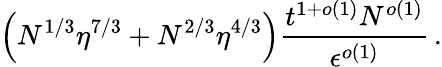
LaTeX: \left(N^{1/3}\eta^{7/3}+N^{2/3}\eta^{4/3}\right)\frac{t^{1+o(1)}N^{o(1)}}{\epsilon^{o(1)}}\, .